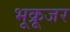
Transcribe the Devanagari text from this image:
भूक्रूजर